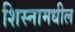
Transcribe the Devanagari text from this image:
शिस्नामधील